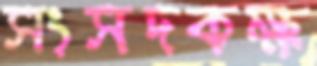
সংসদকক্ষ